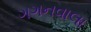
ગગનવાલા